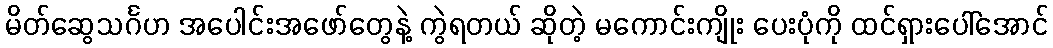
မိတ်ဆွေသင်္ဂဟ အပေါင်းအဖော်တွေနဲ့ ကွဲရတယ် ဆိုတဲ့ မကောင်းကျိုး ပေးပုံကို ထင်ရှားပေါ်အောင်